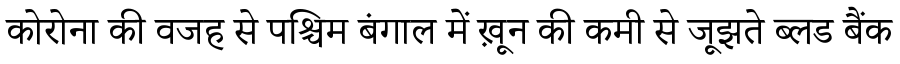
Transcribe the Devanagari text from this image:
कोरोना की वजह से पश्चिम बंगाल में ख़ून की कमी से जूझते ब्लड बैंक